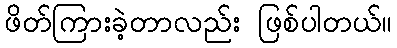
ဖိတ်ကြားခဲ့တာလည်း ဖြစ်ပါတယ်။